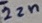
Text: 22n